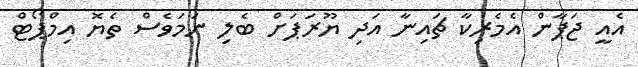
އެއީ ޖަޕާން އެމެރިކާ ޗައިނާ އަދި ޔޫރަޕަށް ބެލި ނަމަވެސް ތެޔޮ އިމްޕޯޓް